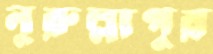
নুরুল্লাপুর